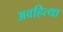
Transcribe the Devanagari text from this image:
अवहित्था